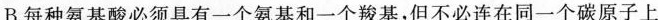
B.每种氨基酸必须具有一个氨基和一个羧基，但不必连在同一个碳原子上